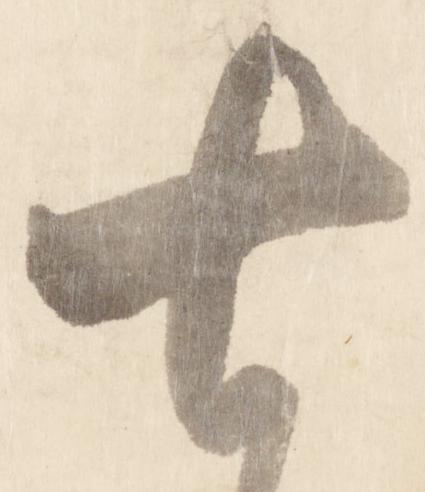
七